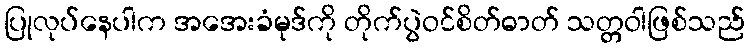
ပြုလုပ်နေပါက အအေးခံမုဒ်ကို တိုက်ပွဲဝင်စိတ်ဓာတ် သတ္တဝါဖြစ်သည်